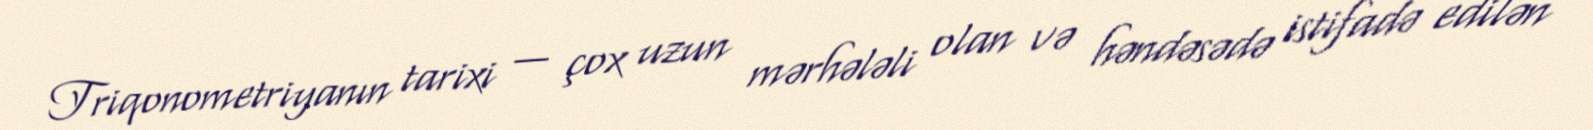
Triqonometriyanın tarixi — çox uzun mərhələli olan və həndəsədə istifadə edilən